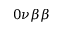
0 \nu \beta \beta